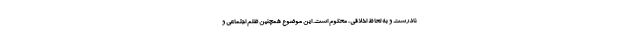
نادرست و به لحاظ اخلاقی، محکوم است. این موضوع همچنین ظلم اجتماعی و